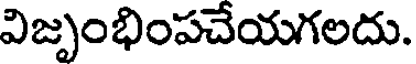
విజృంభింపచేయగలదు.